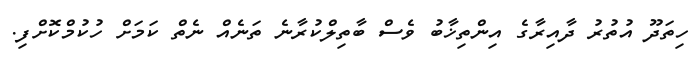
ހިތަދޫ އުތުރު ދާއިރާގެ އިންތިޚާބު ވެސް ބާތިލްކުރާނެ ތަނެއް ނެތް ކަމަށް ހުކުމްކޮށްފި.